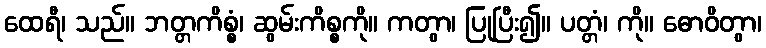
ထေရီ၊ သည်။ ဘတ္တကိစ္စံ၊ ဆွမ်းကိစ္စကို။ ကတွာ၊ ပြုပြီး၍။ ပတ္တံ၊ ကို။ ဓောဝိတွာ၊